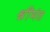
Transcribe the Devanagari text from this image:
श्रींमंत